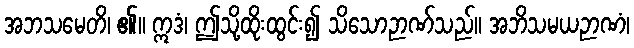
အဘသမေတိ၊ ၏။ ဣဒံ၊ ဤသို့ထိုးထွင်း၍ သိသောဉာဏ်သည်။ အဘိသမယဉာဏံ၊